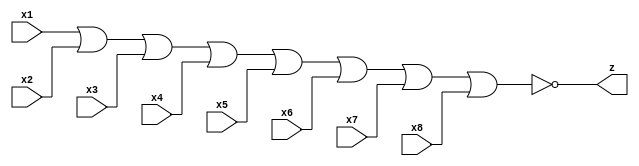
module or_tp_8vie_neg(output z, input x1, input x2, input x3, input x4,
							 input x5, input x6, input x7, input x8);

	assign #1 z = ~(x1 | x2 | x3 | x4 | x5 | x6 | x7 | x8);

endmodule